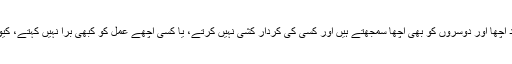
اس میں انسانیت نہیں، مگر جو مثبت و اچھے سوچ کے مالک ہوں، وہ خود اچھا اور دوسروں کو بھی اچھا سمجھتے ہیں اور کسی کی کردار کشی نہیں کرتے، یا کسی اچھے عمل کو کبھی بُرا نہیں کہتے، کیونکہ وہ ایک اچھے سوچ کا مالک ہے اور ایک سچا اور ایماندار انسان ہے۔